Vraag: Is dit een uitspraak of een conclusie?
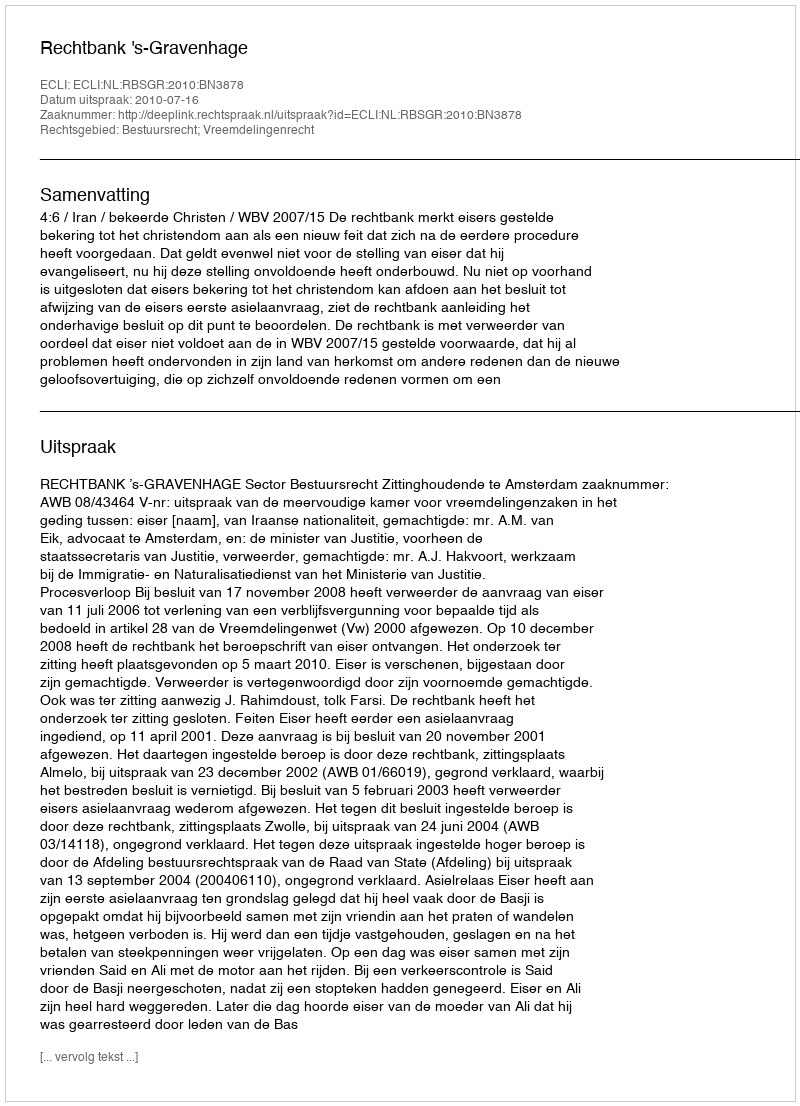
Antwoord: Uitspraak